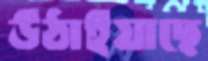
উঠাইয়াছে